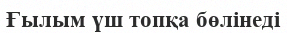
Ғылым үш топқа бөлінеді